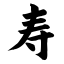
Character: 寿